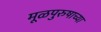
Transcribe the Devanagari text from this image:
मूळपुरुषाच्या